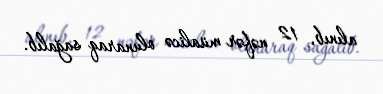
alınıb, 12 nəfər müalicə olunaraq sağalıb.